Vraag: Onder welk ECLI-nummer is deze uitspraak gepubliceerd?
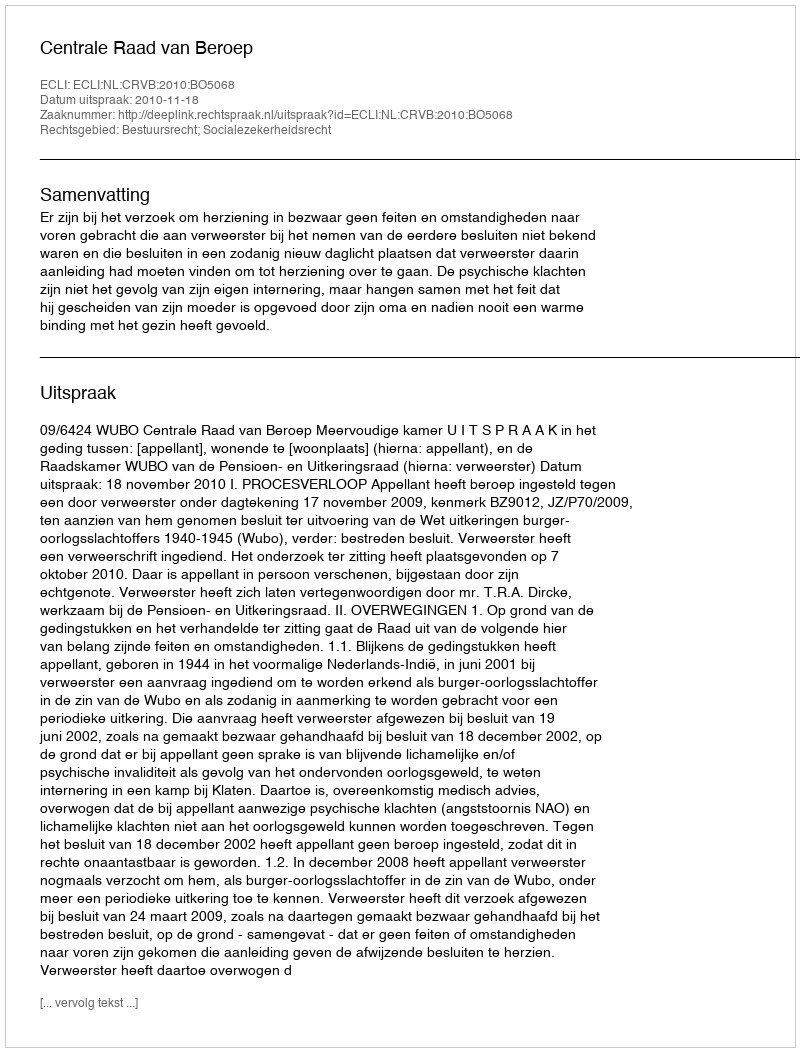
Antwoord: ECLI:NL:CRVB:2010:BO5068